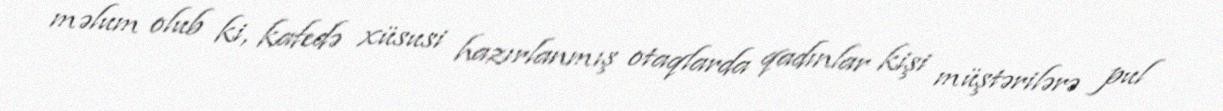
məlum olub ki, kafedə xüsusi hazırlanmış otaqlarda qadınlar kişi müştərilərə pul